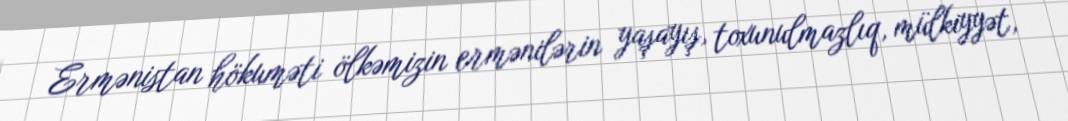
Ermənistan hökuməti ölkəmizin ermənilərin yaşayış, toxunulmazlıq, mülkiyyət,